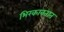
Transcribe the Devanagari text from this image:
भिरकावतात